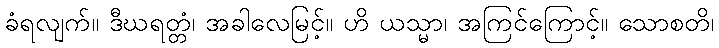
ခံရလျက်။ ဒီဃရတ္တံ၊ အခါလေမြင့်။ ဟိ ယသ္မာ၊ အကြင်ကြောင့်။ သောစတိ၊